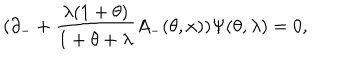
LaTeX: ( \partial _ { - } + \frac { \lambda ( 1 + \theta ) } { 1 + \theta + \lambda } A _ { - } ( \theta , x ) ) \Psi ( \theta , \lambda ) = 0 ,